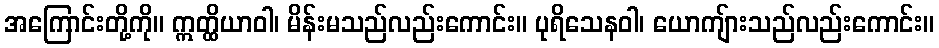
အကြောင်းတို့ကို။ ဣတ္ထိယာဝါ၊ မိန်းမသည်လည်းကောင်း။ ပုရိသေနဝါ၊ ယောကျ်ားသည်လည်းကောင်း။